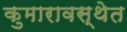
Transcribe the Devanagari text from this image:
कुमारावस्थेत